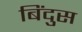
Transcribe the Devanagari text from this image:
बिंदुस